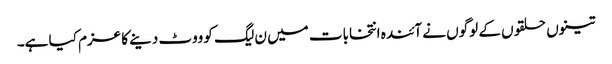
تینوں حلقوں کے لوگوں نے آئندہ انتخابات میں ن لیگ کو ووٹ دینے کا عزم کیا ہے۔